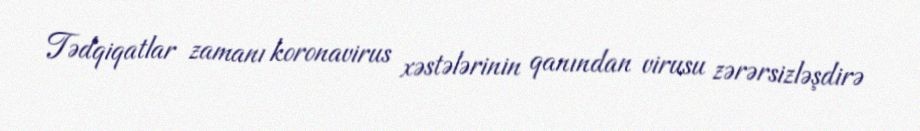
Tədqiqatlar zamanı koronavirus xəstələrinin qanından virusu zərərsizləşdirə